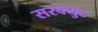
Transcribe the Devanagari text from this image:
सरक्युट